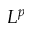
L ^ { p }